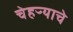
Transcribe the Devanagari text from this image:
चेहऱ्याचे